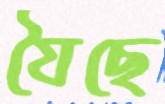
যৈছে